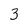
Character: 3